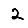
Digit: 2